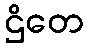
ဌိတေ